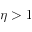
\eta > 1